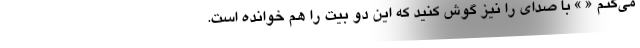
می‌کنم « » با صدای را نیز گوش کنید که این دو بیت را هم خوانده است.